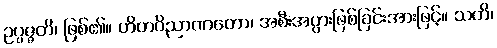
ဥပ္ပဇ္ဇတိ၊ ဖြစ်၏။ ဟိတဝိညာဏတော၊ အစီးအပွားဖြစ်ခြင်းအားဖြင့်။ သတိ၊